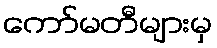
ကော်မတီများမှ